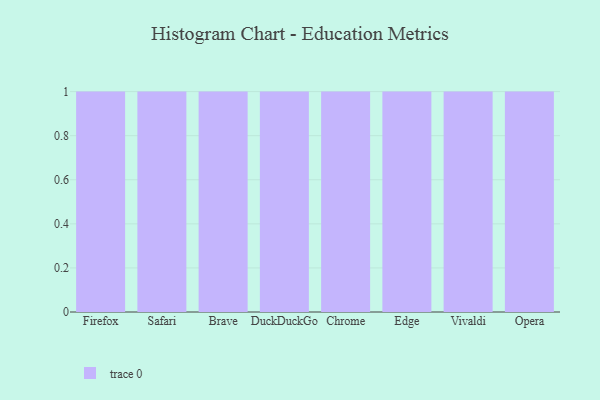
{"axis": {"x": "Browser", "y": "Demand Index"}, "legend": [""], "data": [{"x": "Firefox", "y": 38, "type": ""}, {"x": "Safari", "y": 11, "type": ""}, {"x": "Brave", "y": 2, "type": ""}, {"x": "DuckDuckGo", "y": 54, "type": ""}, {"x": "Chrome", "y": 63, "type": ""}, {"x": "Edge", "y": 75, "type": ""}, {"x": "Vivaldi", "y": 16, "type": ""}, {"x": "Opera", "y": 87, "type": ""}]}